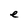
Character: e